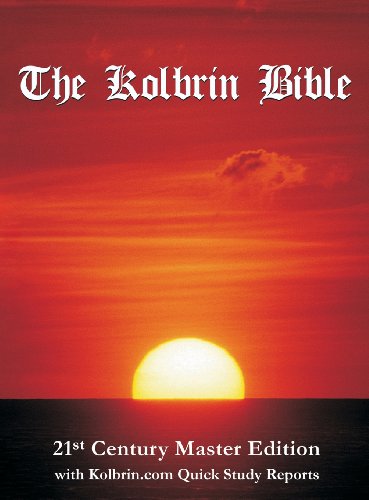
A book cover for The Kolbrin Bible: 21st Century Master Edition (Hard Cover); History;